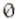
0